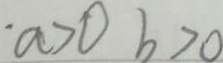
a > 0 b > 0